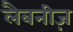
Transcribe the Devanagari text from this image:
लैबनीज़